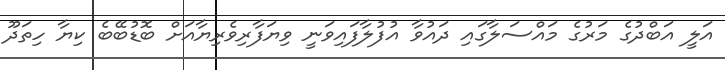
އަލީ އަބްދުގެ މަރުގެ މައްސަލާގައި ދައުވާ އުފުލާފައިވަނީ ވިޔަފާރިވެރިޔާއަށް ބޮޑުބޭބެ ކިޔާ ހިތަދޫ